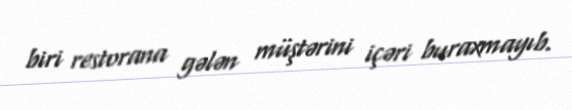
biri restorana gələn müştərini içəri buraxmayıb.